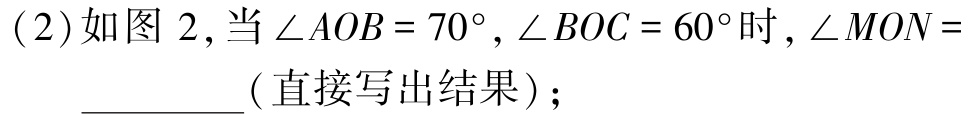
(2)如图 2,当$\angle AOB = 70^{\circ},\angle BOC = 60^{\circ}$时,$\angle MON =$_________(直接写出结果);